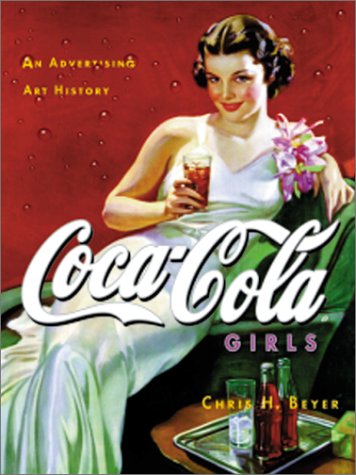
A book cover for Coca-Cola Girls : An Advertising Art History; Chris H. Beyer; Crafts, Hobbies & Home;